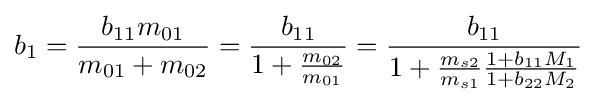
b_{1}={\frac {b_{11}m_{01}}{m_{01}+m_{02}}}={\frac {b_{11}}{1+{\frac {m_{02}}{m_{01}}}}}={\frac {b_{11}}{1+{\frac {m_{s2}}{m_{s1}}}{\frac {1+b_{11}M_{1}}{1+b_{22}M_{2}}}}}